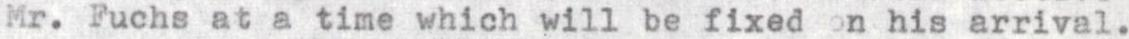
Mr. Fuchs at a time which will be fixed on his arrival.